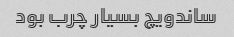
ساندویچ بسیار چرب بود